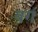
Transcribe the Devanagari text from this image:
वग॔